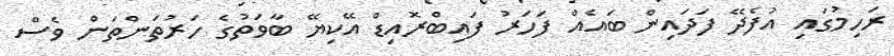
ރަހިމުގައި އުފެދޭ ފަދައިން ބައެއް ފަހަރު ފައިބްރޮއިޑް އޭކިޔޭ ބާވަތުގެ ހަރުތަންތަން ވެސް